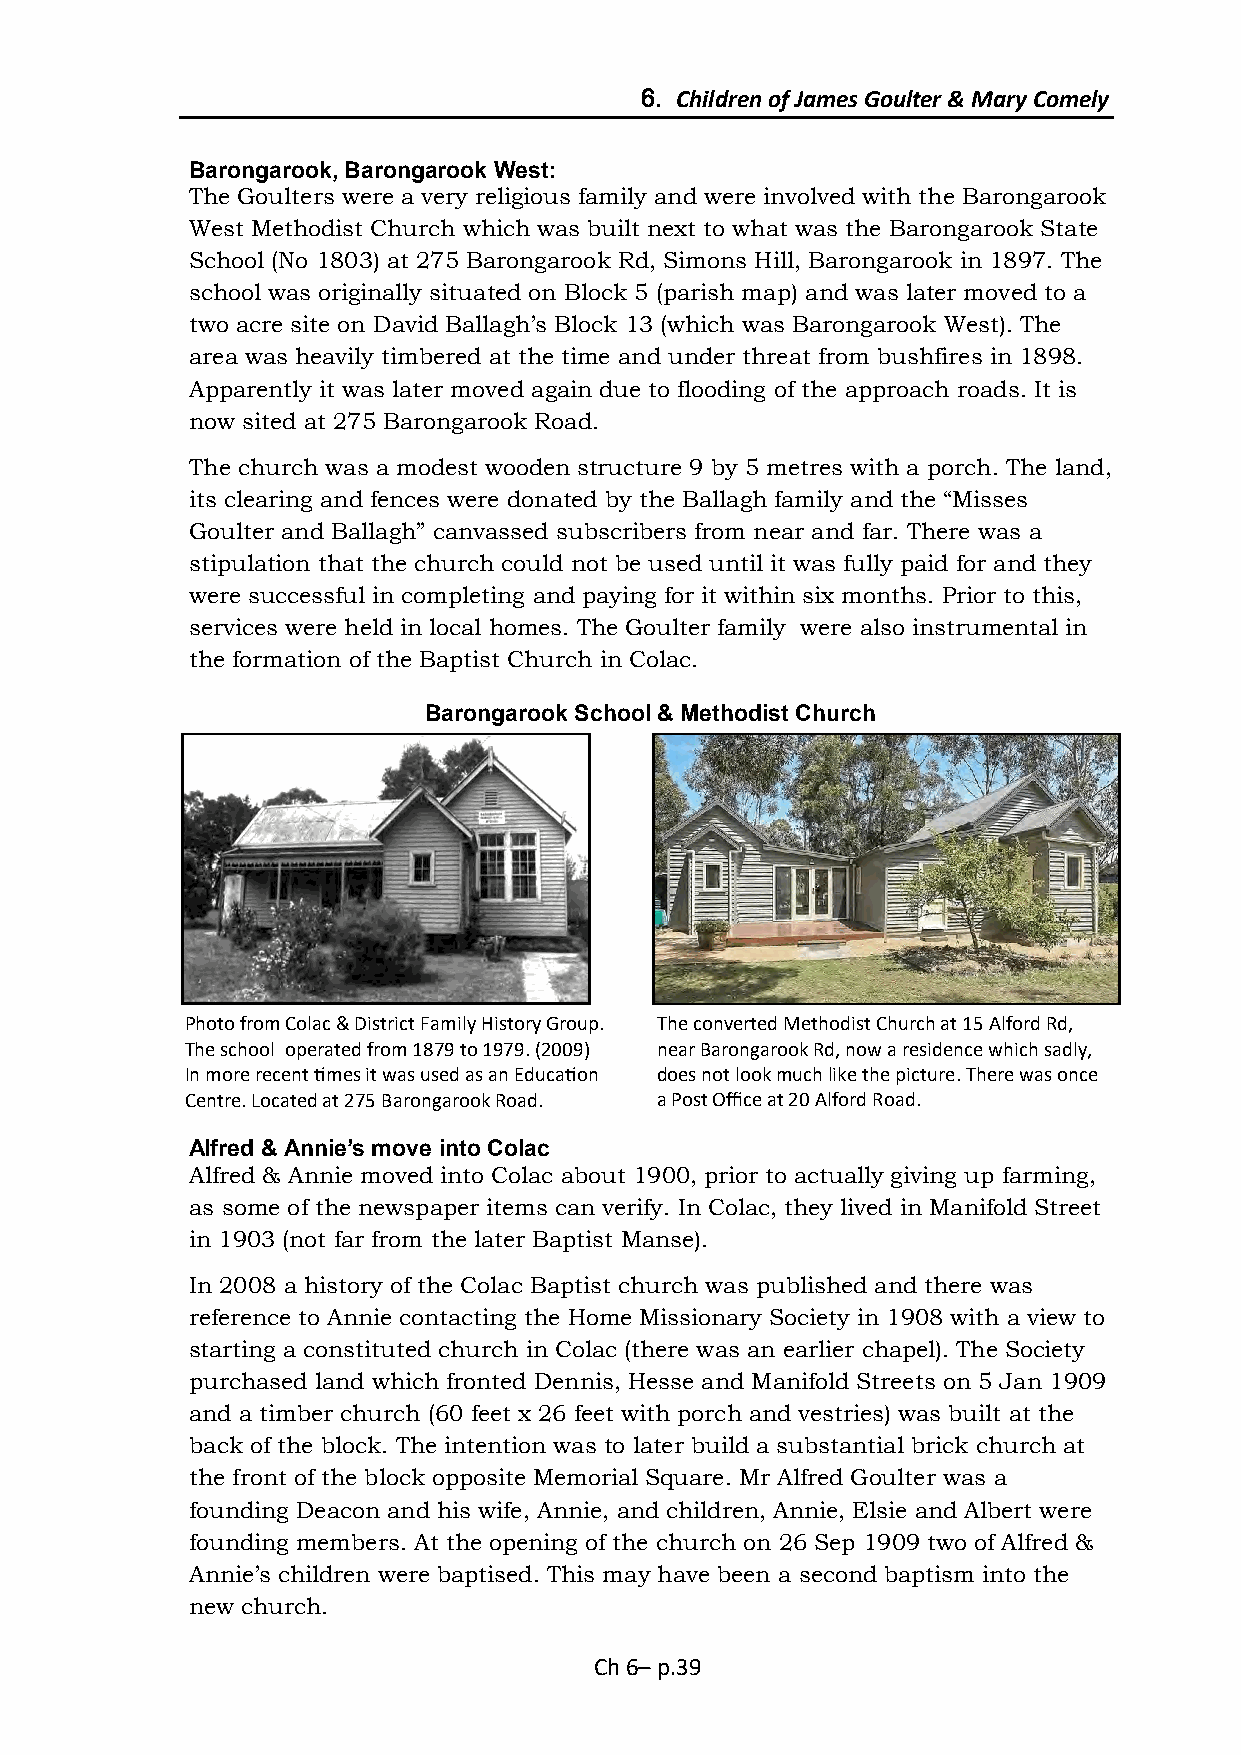
6. Children of James Goulter & Mary Comely
 Barongarook, Barongarook West:
 The Goulters were a very religious family and were involved with the Barongarook
 West Methodist Church which was built next to what was the Barongarook State
 School (No 1803) at 275 Barongarook Rd, Simons Hill, Barongarook in 1897. The
 school was originally situated on Block 5 (parish map) and was later moved to a
 two acre site on David Ballagh’s Block 13 (which was Barongarook West). The
 area was heavily timbered at the time and under threat from bushfires in 1898.
 Apparently it was later moved again due to flooding of the approach roads. It is
 now sited at 275 Barongarook Road.
 The church was a modest wooden structure 9 by 5 metres with a porch. The land,
 its clearing and fences were donated by the Ballagh family and the “Misses
 Goulter and Ballagh” canvassed subscribers from near and far. There was a
 stipulation that the church could not be used until it was fully paid for and they
 were successful in completing and paying for it within six months. Prior to this,
 services were held in local homes. The Goulter family were also instrumental in
 the formation of the Baptist Church in Colac.
 Barongarook School & Methodist Church
 Photo from Colac & District Family History Group. The converted Methodist Church at 15 Alford Rd,
 The school operated from 1879 to 1979. (2009) near Barongarook Rd, now a residence which sadly,
 In more recent times it was used as an Education does not look much like the picture. There was once
 Centre. Located at 275 Barongarook Road. a Post Office at 20 Alford Road.
 Alfred & Annie’s move into Colac
 Alfred & Annie moved into Colac about 1900, prior to actually giving up farming,
 as some of the newspaper items can verify. In Colac, they lived in Manifold Street
 in 1903 (not far from the later Baptist Manse).
 In 2008 a history of the Colac Baptist church was published and there was
 reference to Annie contacting the Home Missionary Society in 1908 with a view to
 starting a constituted church in Colac (there was an earlier chapel). The Society
 purchased land which fronted Dennis, Hesse and Manifold Streets on 5 Jan 1909
 and a timber church (60 feet x 26 feet with porch and vestries) was built at the
 back of the block. The intention was to later build a substantial brick church at
 the front of the block opposite Memorial Square. Mr Alfred Goulter was a
 founding Deacon and his wife, Annie, and children, Annie, Elsie and Albert were
 founding members. At the opening of the church on 26 Sep 1909 two of Alfred &
 Annie’s children were baptised. This may have been a second baptism into the
 new church.
 Ch 6– p.39